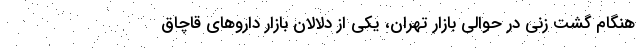
هنگام گشت زنی در حوالی بازار تهران، یکی از دلالان بازار داروهای قاچاق